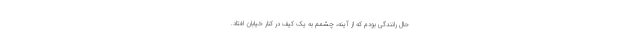
حال رانندگی بودم که از آینه، چشمم به یک کیف در کنار خیابان افتاد.